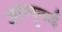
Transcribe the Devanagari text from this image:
अरप्पुकई